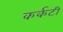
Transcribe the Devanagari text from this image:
कर्कटी